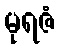
မုရဇံ